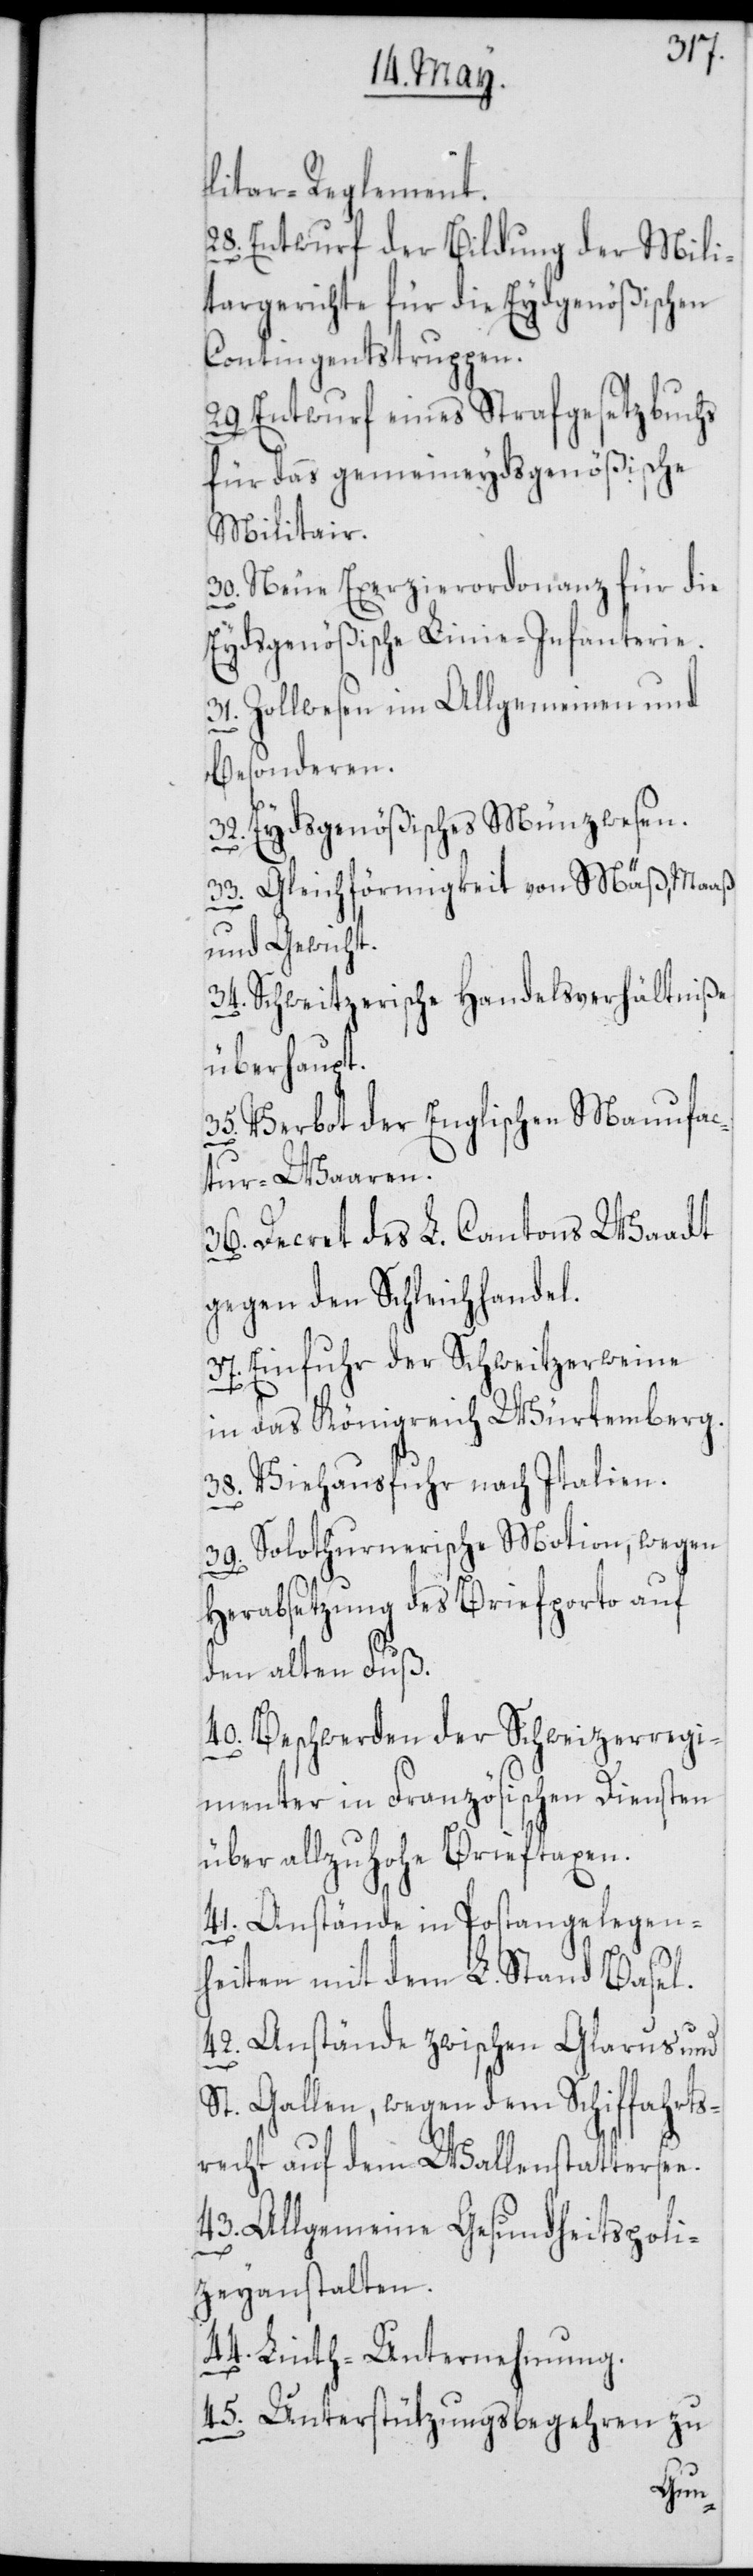
litar-Reglement.
28. Entwurf der Bildung der Mili¬
targerichte für die Eydgenößischen
Contingentstruppen.
29. Entwurf eines Strafgesetzbuchs
für das gemeineydsgenößische
Militair.
30. Neue Exerzierordonanz für die
Eydsgenößische Linien-Infanterie.
31. Zollwesen im Allgemeinen und
Besonderen.
32. Eydsgenößisches Münzwesen.
33. Gleichförmigkeit von Mäß, Maaß
und Gewicht.
34. Schweitzerische Handelsverhältniße
überhaupt.
35. Verbot der Englischen Manufac¬
tur-Waaren.
36. Decret des L. Cantons Waadt
gegen den Schleichhandel.
37. Einfuhr der Schweitzerweine
in das Königreich Würtemberg.
38. Viehausfuhr nach Italien.
39. Solothurnerische Motion, wegen
Herabsetzung des Briefporto auf
den alten Fuß.
40. Beschwerden der Schweizerregi¬
menter in Französischen Diensten
über allzuhohe Brieftaxen.
41. Anstände in Postangelegen¬
heiten mit dem L. Stand Basel.
42. Anstände zwischen Glarus und
St. Gallen, wegen dem Schiffahrts¬
recht auf dem Wallenstattersee.
43. Allgemeine Gesundheitspoli¬
zeyanstalten.
44. Linth-Unternehmung.
45. Unterstützungsbegehren zu